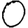
Digit: 0